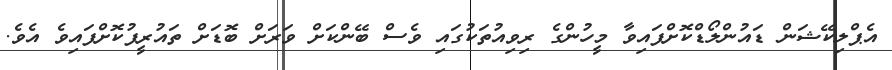
އެޕްލިކޭޝަން ޑައުންލޯޑްކޮށްފައިވާ މީހުންގެ ރިވިއުތަކުގައި ވެސް ބޭންކަށް ވަރަށް ބޮޑަށް ތައުރީފުކޮށްފައިވެ އެވެ.